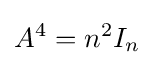
A^{4}=n^{2}I_{n}